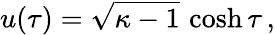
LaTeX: u(\tau)=\sqrt{\kappa-1}\, \cosh\tau\, ,